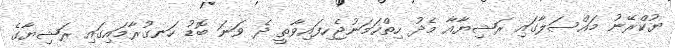
ޔުކްރޭނު މައްސަލާގައި ރަޝިޔާއާ މެދު ހިތްހަމަނުޖެހިފައިވާތީ ދެ ވަނަ ބޮޑު ހަނގުރާމަައިގައި ރަޝިޔާގެ